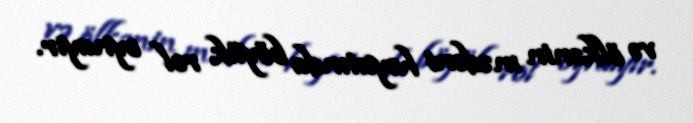
və ölkənin mədəni həyatında böyük rol oynayır.